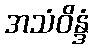
အသံဝိန္ဒံ